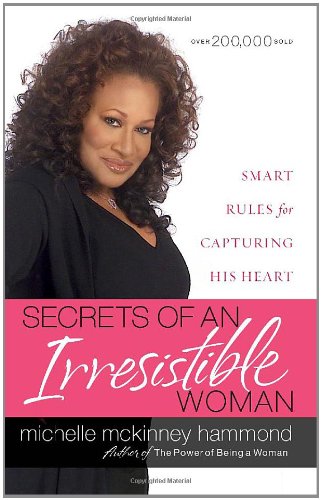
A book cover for Secrets of an Irresistible Woman: Smart Rules for Capturing His Heart; Michelle McKinney Hammond; Self-Help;